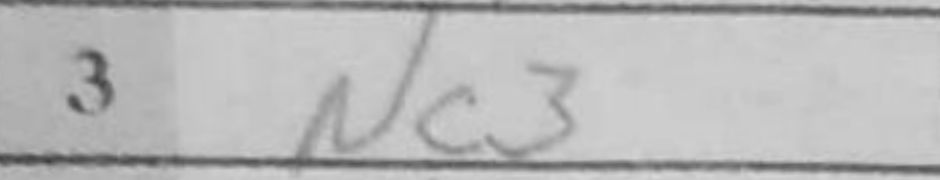
Transcription: Nc3